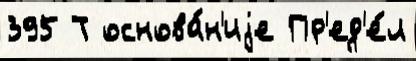
395 Т основа́н'иjе Пр'ед'е́л